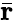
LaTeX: \bar{\mathbf r}